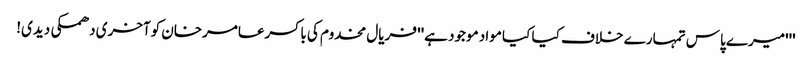
'''میرے پاس تمہارے خلاف کیا کیا مواد موجود ہے'' فریال مخدوم کی باکسرعامرخان کوآخری دھمکی دیدی!